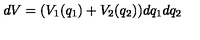
d V = ( V _ { 1 } ( q _ { 1 } ) + V _ { 2 } ( q _ { 2 } ) ) d q _ { 1 } d q _ { 2 }